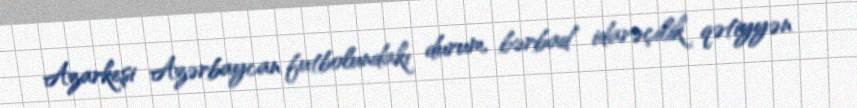
Azarkeşi Azərbaycan futbolundakı durum, bərbad idarəçilik qətiyyən